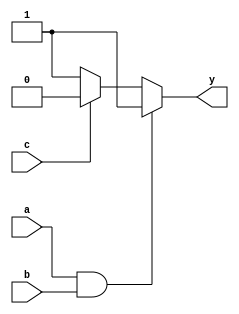
module combinational_logic (
    input wire a,        // First input signal
    input wire b,        // Second input signal
    input wire c,        // Third input signal
    output reg y         // Output signal
);

    // Combinational logic block
    always @(*) begin
        // Example logic: y = (a AND b) OR (NOT c)
        if (a && b) begin
            y = 1'b1; // If both a and b are high, set y to high
        end else if (!c) begin
            y = 1'b1; // If c is low, set y to high
        end else begin
            y = 1'b0; // Default case, set y to low
        end
    end

endmodule